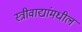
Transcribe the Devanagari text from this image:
स्त्रीवाद्यांमधील